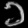
Digit: ၁